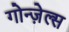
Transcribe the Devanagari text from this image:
गोन्ज़ेल्स